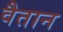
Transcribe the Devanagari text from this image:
वैतान